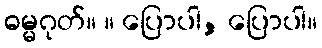
ဓမ္မဂုတ်။ ။ ပြောပါ, ပြောပါ။